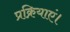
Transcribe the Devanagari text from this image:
प्रक्रियाएं।